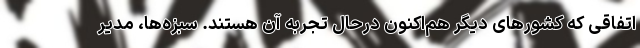
اتفاقی که کشورهای دیگر هم‌اکنون درحال تجربه آن هستند. سبزه‌ها، مدیر